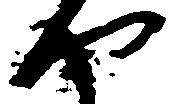
や